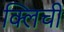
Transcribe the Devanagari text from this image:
क्लिची